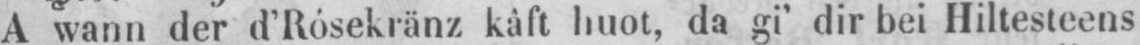
A wann der d’Rôsekränz kâft huot, da gi’ dir bei Hiltesteens